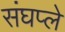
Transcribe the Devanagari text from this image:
संघप्ले